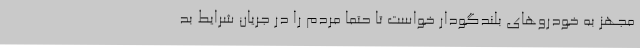
مجهز به خودروهای بلندگودار خواست تا حتما مردم را در جریان شرایط بد